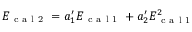
\begin{array} { r } { E _ { \mathrm { ~ c ~ a ~ l ~ 2 ~ } } = a _ { 1 } ^ { \prime } E _ { \mathrm { ~ c ~ a ~ l ~ 1 ~ } } + a _ { 2 } ^ { \prime } E _ { \mathrm { ~ c ~ a ~ l ~ 1 ~ } } ^ { 2 } } \end{array}